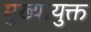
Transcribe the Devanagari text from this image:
मुख्यायुक्त